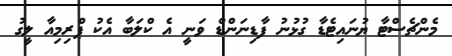
މެންޗެސްޓާ ޔުނައިޓެޑާ ގުޅުނު ފާޑިނަންޑް ވަނީ އެ ކްލަބާ އެކު ޕްރިމިއާ ލީގު